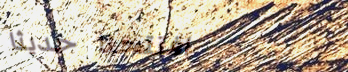
افتتحنا حديثاً